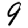
Digit: 9